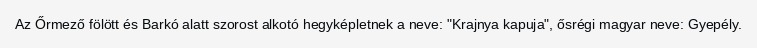
Az Őrmező fölött és Barkó alatt szorost alkotó hegyképletnek a neve: "Krajnya kapuja", ősrégi magyar neve: Gyepély.